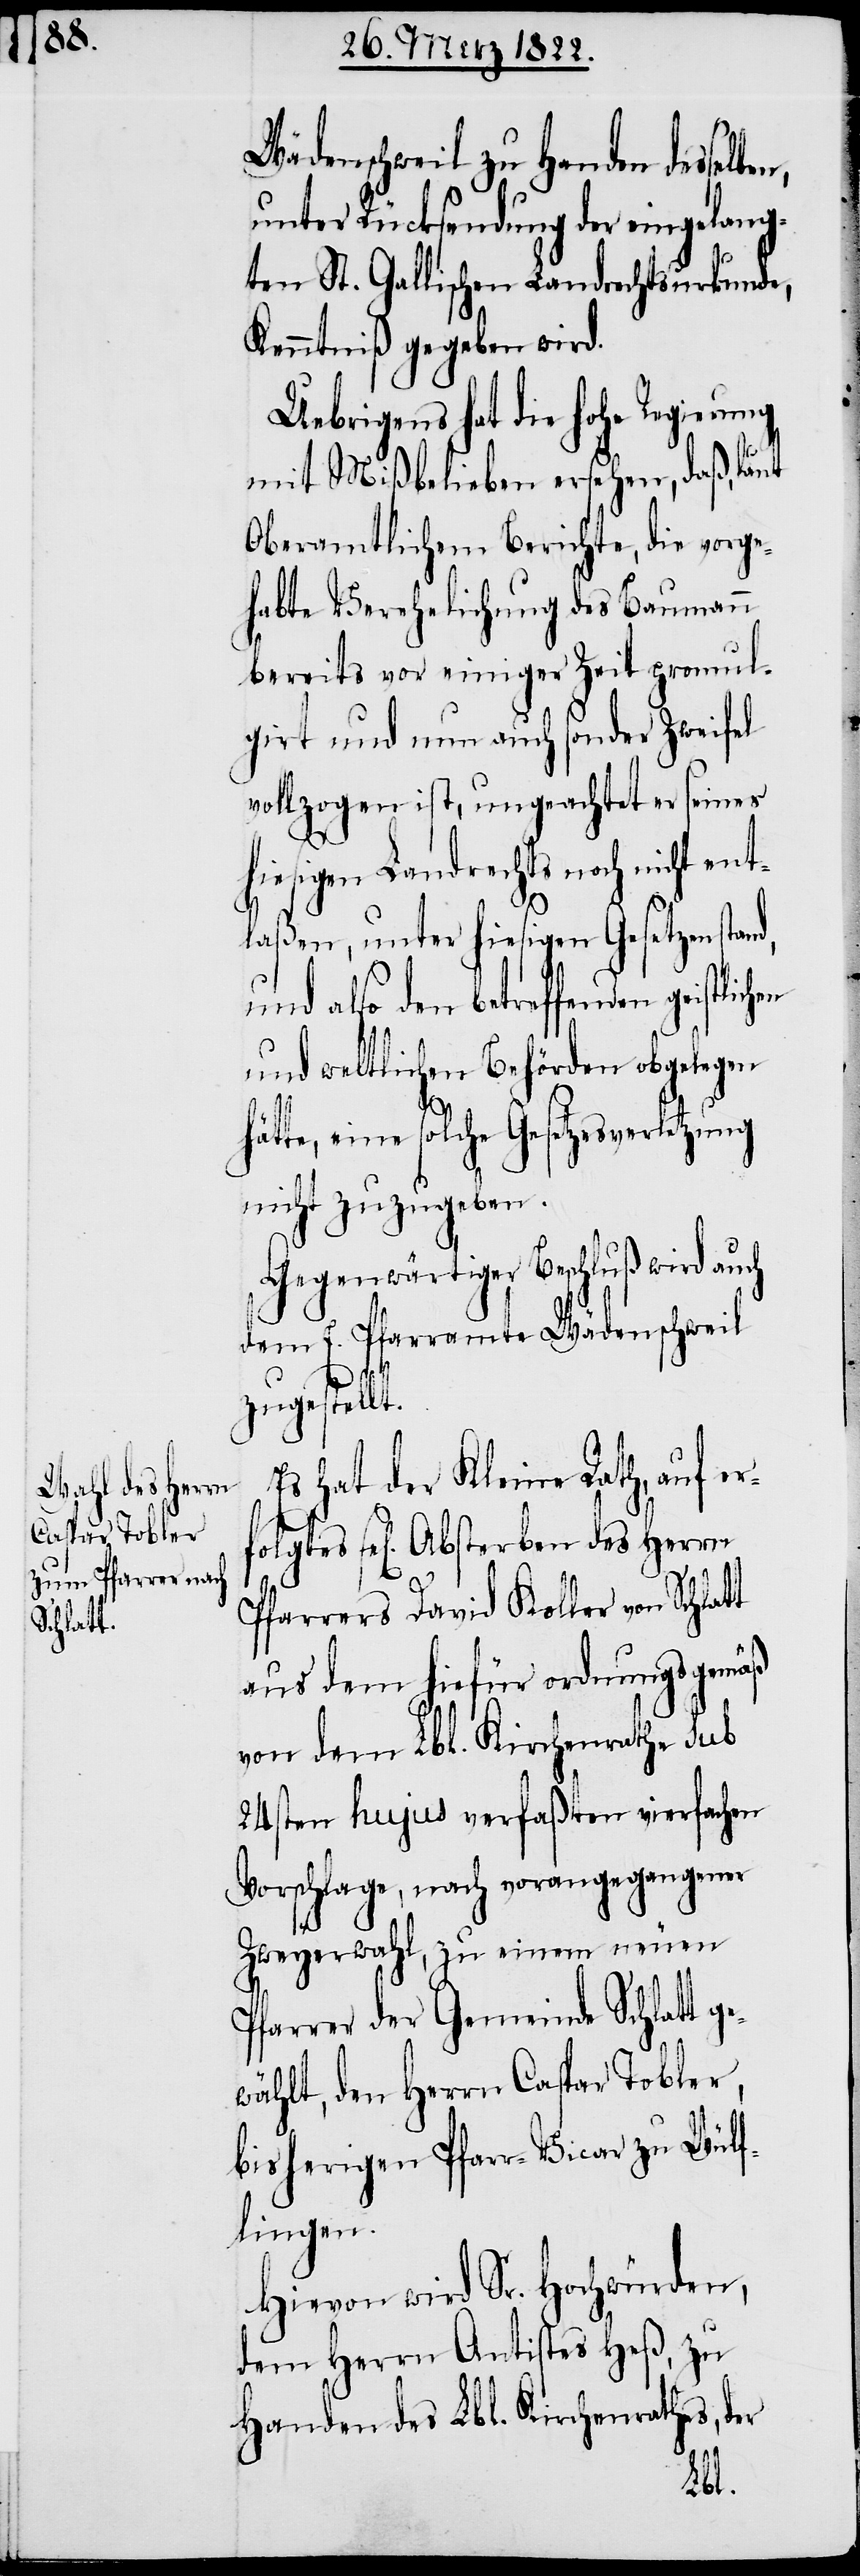
Wädenschweil zu Handen desse¬
unter Rücksendung der eingelang¬
ten St. Gallischen Landrechtsurkunde,
Kenntniß gegeben wird.
Uebrigens hat die hohe Regierung
mit Mißbelieben ersehen, daß, laut
Oberamtlichem Berichte, die vorge¬
habte Verehelichung des Baumann
bereits vor einiger Zeit promul¬
girt und nun auch sonder Zweifel
vollzogen ist, ungeachtet er seines
hiesigen Landrechts noch nicht ent¬
laßen, unter hiesigen Gesetzen stan¬
und also den betreffenden
und weltlichen Behörden obgelegen
hätte, eine solche Gesetzesverletzung
nicht zuzugeben.
Gegenwärtiger Beschluß wird auch
dem E. Pfarramte Wädenschweil
e¬
rfolgtes
zugestellt.
Es hat der Kleine Rath, auf e¬
sel[iges] Absterben des Herrn
Pfarrers David Koller von Schlat¬
aus dem hiefür ordnungsgemäß
von dem Lbl. Kirchenrathe sub
24sten hujus verfaßten vierfachen
Vorschlage, nach vorangegangener
Zweyerwahl, zu einem neuen
Pfarrer der Gemeinde Schlatt g¬
wählt, den Herrn Caspar Tobler,
bisherigen Pfarr-Vicar zu Wülf¬
lingen.
Hievon wird Sr. Hochwürden,
dem Herrn Antistes Heß, zu
Handen des Lbl. Kirchenraths, der
lben